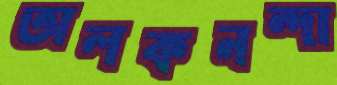
অলকনন্দা